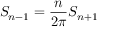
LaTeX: S _ { n - 1 } = { \frac { n } { 2 \pi } } S _ { n + 1 }